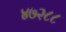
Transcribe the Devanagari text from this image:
४७२८८